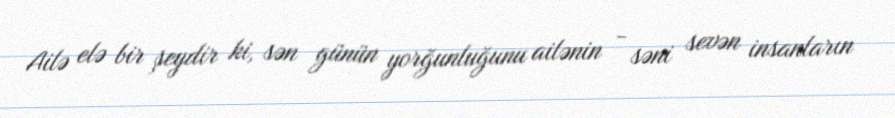
Ailə elə bir şeydir ki, sən günün yorğunluğunu ailənin - səni sevən insanların